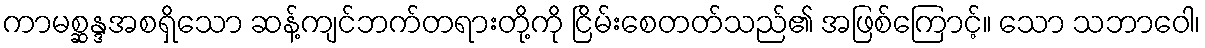
ကာမစ္ဆန္ဒအစရှိသော ဆန့်ကျင်ဘက်တရားတို့ကို ငြိမ်းစေတတ်သည်၏ အဖြစ်ကြောင့်။ သော သဘာဝေါ၊